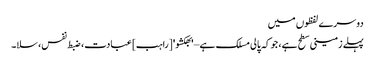
دوسرے لفظوں میں
پہلے زمینی سطح ہے، جو کہ پالی مسلک ہے – 'بھکشو' [راہب] عبادت، ضبط نفس، سلا۔